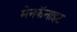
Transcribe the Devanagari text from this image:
मेनकॅनाइट